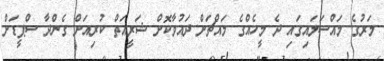
މަރުގެ މައްސަލައިގައި ދެ މީހެއްގެ މައްޗަށް ދައުވާކޮށް ޝަރީއަތް ކުރިއަށް ގެންދާ ސްޕީޑަށް